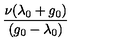
\frac { \nu ( \lambda _ { 0 } + g _ { 0 } ) } { ( g _ { 0 } - \lambda _ { 0 } ) }